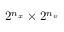
2 ^ { n _ { x } } \times 2 ^ { n _ { v } }